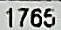
1765